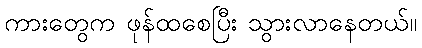
ကားတွေက ဖုန်ထစေပြီး သွားလာနေတယ်။